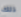
ذلك